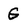
Character: G